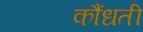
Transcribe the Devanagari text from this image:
कौंधती